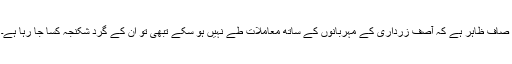
صاف ظاہر ہے کہ آصف زرداری کے مہربانوں کے ساتھ معاملات طے نہیں ہو سکے تبھی تو اُن کے گرد شکنجہ کَسا جا رہا ہے۔